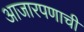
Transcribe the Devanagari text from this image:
आजारपणाची